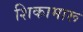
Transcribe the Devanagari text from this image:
शिकामारू